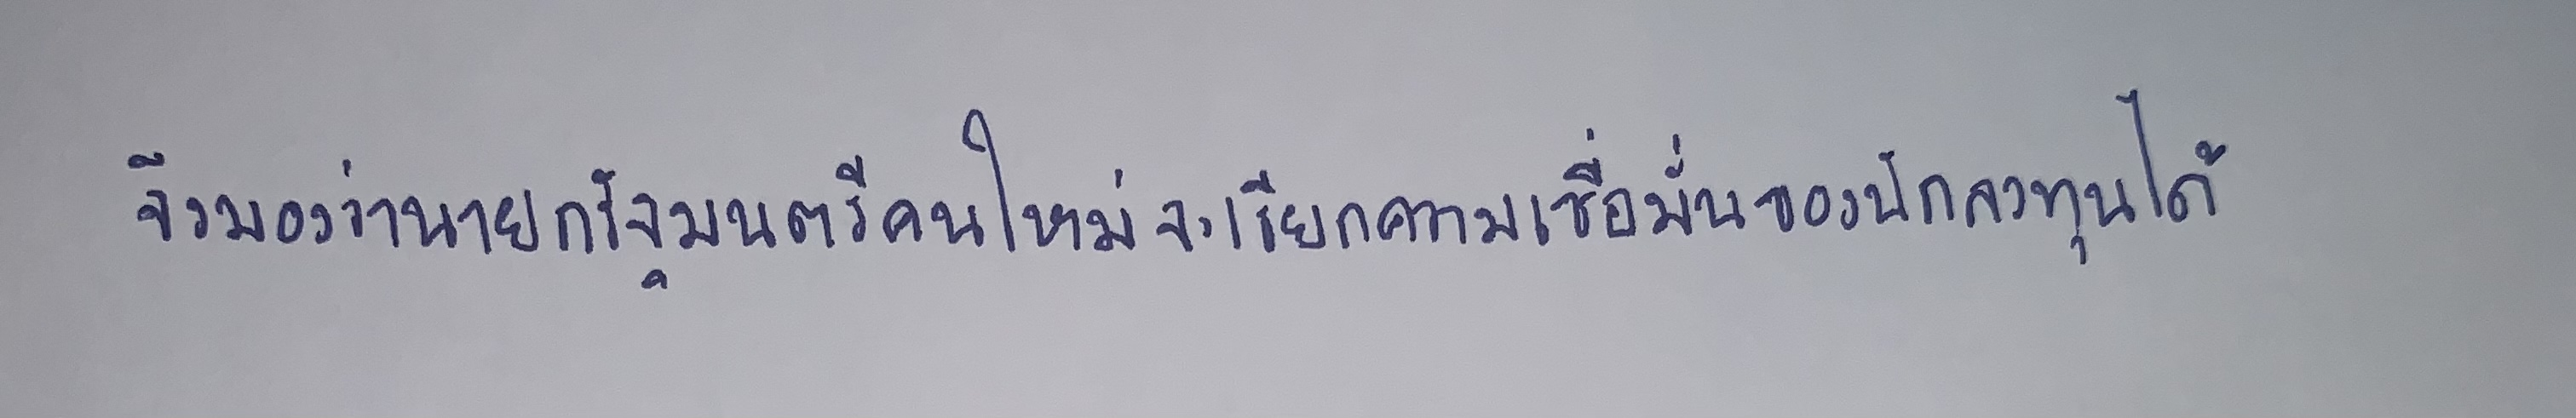
จึงมองว่านายกรัฐมนตรีคนใหม่จะเรียกความเชื่อมั่นของนักลงทุนได้